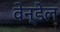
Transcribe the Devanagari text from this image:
वेन्डेल